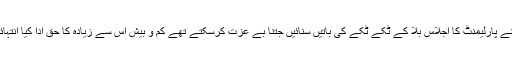
جب عربوں نے یمن کے دنگل میں ہمیں آواز دی ہم نے پارلیمنٹ کا اجلاس بلا کے ٹکے ٹکے کی باتیں سنائیں جتنا بے عزت کرسکتے تھے کم و بیش اس سے زیادہ کا حق ادا کیا انتہائی بھونڈے طریقے سے انکار کا رقص شروع کردیا۔